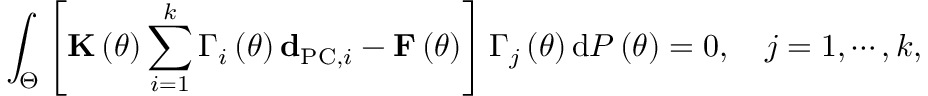
\int _ { \Theta } \left[ { \bf K } \left( \theta \right) \sum _ { i = 1 } ^ { k } \Gamma _ { i } \left( \theta \right) { \bf d } _ { \mathrm { P C } , i } - { \bf F } \left( \theta \right) \right] \Gamma _ { j } \left( \theta \right) \mathrm { d } { \cal P } \left( \theta \right) = 0 , \quad j = 1 , \cdots , k ,